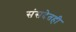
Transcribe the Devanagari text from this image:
संसदेतही